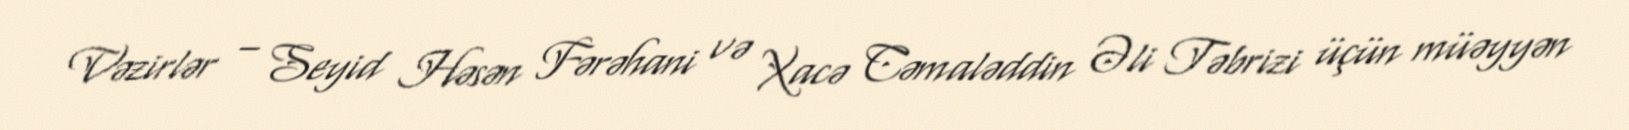
Vəzirlər – Seyid Həsən Fərəhani və Xacə Cəmaləddin Əli Təbrizi üçün müəyyən